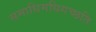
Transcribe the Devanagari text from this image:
समाधिमधिगच्छति